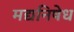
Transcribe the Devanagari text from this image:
मद्यनिषेध